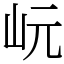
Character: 岏